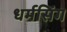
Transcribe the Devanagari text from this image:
धर्मसिंग